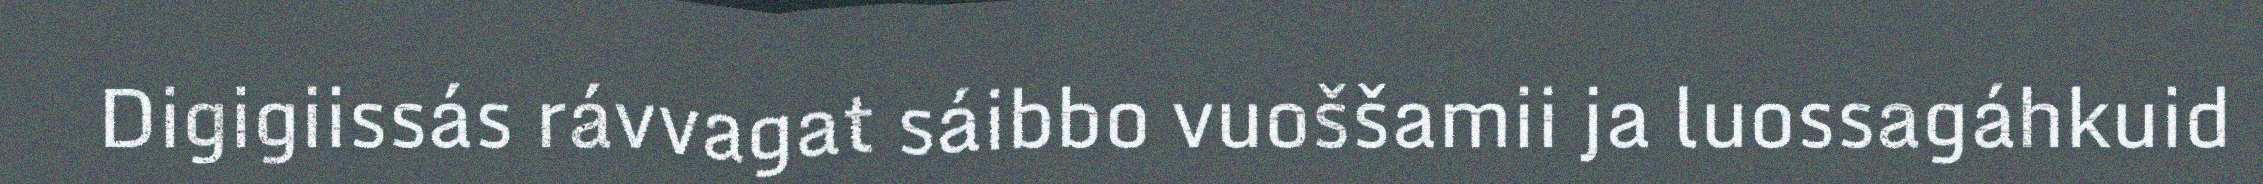
Digigiissás rávvagat sáibbo vuoššamii ja luossagáhkuid